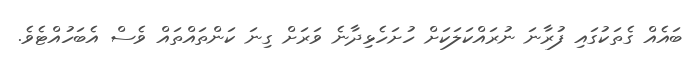
ބައެއް ގެތަކުގަައި ފުރާނަ ނުރައްކަލަކަށް ހުށަހެޅިދާނެ ވަރަށް ގިނަ ކަންތައްތައް ވެސް އެބަހުއްޓެވެ.